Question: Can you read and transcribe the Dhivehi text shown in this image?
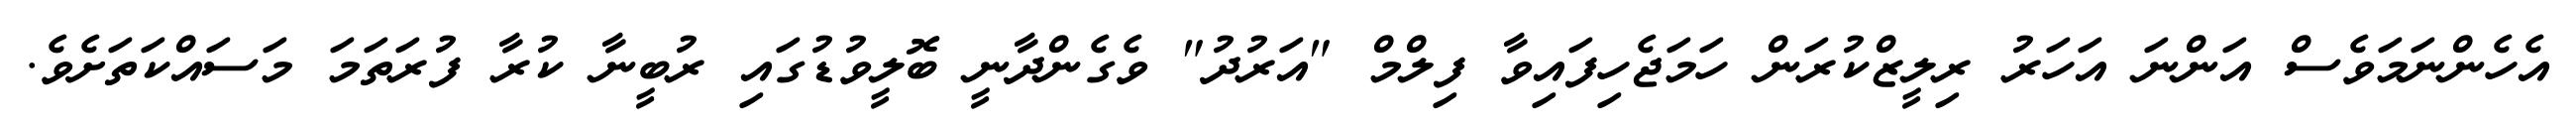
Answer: އެހެންނަމަވެސް އަންނަ އަހަރު ރިލީޒްކުރަން ހަމަޖެހިފައިވާ ފިލްމް "އަރުދު" ވެގެންދާނީ ބޮލީވުޑުގައި ރުބީނާ ކުރާ ފުރަތަމަ މަސައްކަތަށެވެ.